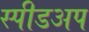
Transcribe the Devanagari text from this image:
स्पीडअप